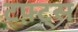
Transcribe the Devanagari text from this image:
टफ़्ट्स